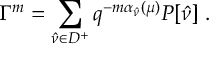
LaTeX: \Gamma ^ { m } = \sum _ { \hat { \nu } \in D ^ { + } } q ^ { - m \alpha _ { \hat { \nu } } ( \mu ) } P [ \hat { \nu } ] \; .